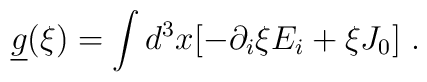
\underline{g}(\xi )=\int d^3x[-\partial _i\xi E_i+\xi J_0]\ .